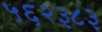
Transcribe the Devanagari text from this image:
५६२३८३